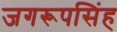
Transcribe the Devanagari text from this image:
जगरूपसिंह